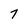
Character: 7